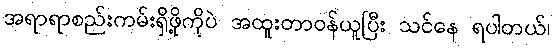
အရာရာစည်းကမ်းရှိဖို့ကိုပဲ အထူးတာဝန်ယူပြီး သင်နေ ရပါတယ်၊